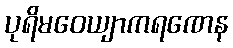
ပုရိမဝေယျာကရဏေန